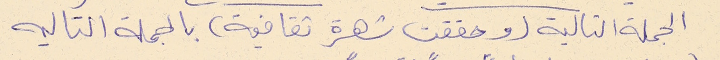
الجملة التالية (وحققت شهرة ثقافية) بالجملة التاليه